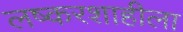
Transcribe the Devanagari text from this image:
लष्करशाहीला